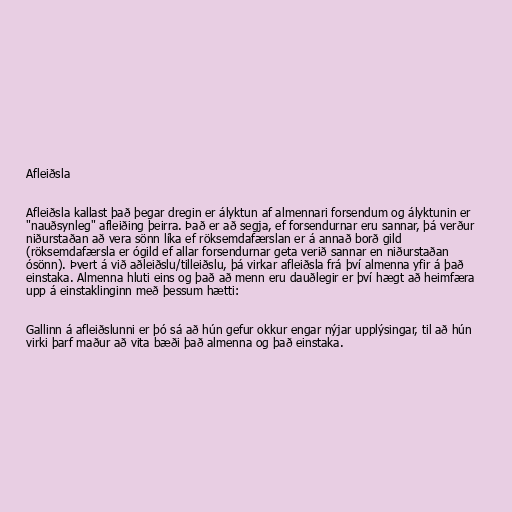
Afleiðsla

Afleiðsla kallast það þegar dregin er ályktun af almennari forsendum og ályktunin er
"nauðsynleg" afleiðing þeirra. Það er að segja, ef forsendurnar eru sannar, þá verður
niðurstaðan að vera sönn líka ef röksemdafærslan er á annað borð gild
(röksemdafærsla er ógild ef allar forsendurnar geta verið sannar en niðurstaðan
ósönn). Þvert á við aðleiðslu/tilleiðslu, þá virkar afleiðsla frá því almenna yfir á það
einstaka. Almenna hluti eins og það að menn eru dauðlegir er því hægt að heimfæra
upp á einstaklinginn með þessum hætti:

Gallinn á afleiðslunni er þó sá að hún gefur okkur engar nýjar upplýsingar, til að hún
virki þarf maður að vita bæði það almenna og það einstaka.